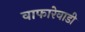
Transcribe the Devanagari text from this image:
वाफारेवाडी